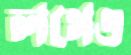
লগেও